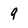
Character: 9